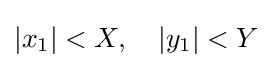
\left|x_{1}\right|<X,\quad \left|y_{1}\right|<Y